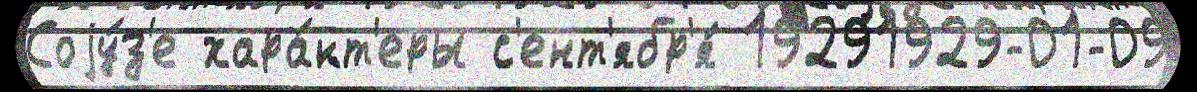
Соjу́з'е хара́кт'еры с'ент'ябр'я́ 19291929-01-09